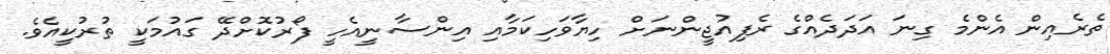
ތެރެއިން އެންމެ ގިނަ އަދަދެއްގެ ރެފިއުޖީންނަށް ހިޔާވަހިކަމާއި އިންސާނީއެހީ ފޯރުކޮށްދޭ ގައުމަކީ ތުރުކީއެވެ.